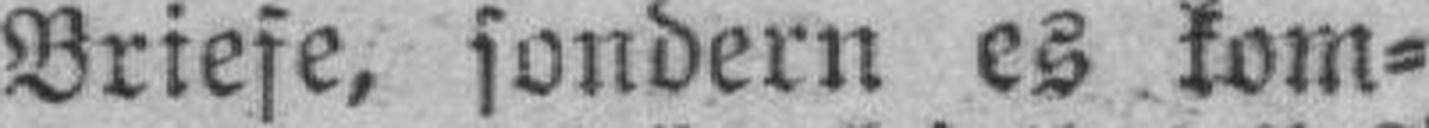
Briefe, sondern es kom¬